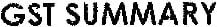
GST SUMMARY